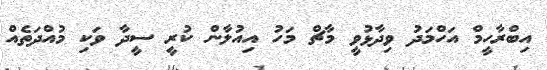
އިބްރާހީމް އަހްމަދު ވިދާޅުވީ މާޗް މަހު އިއުލާން ކުރީ ސީދާ ވަކި މުއްދަތެއް